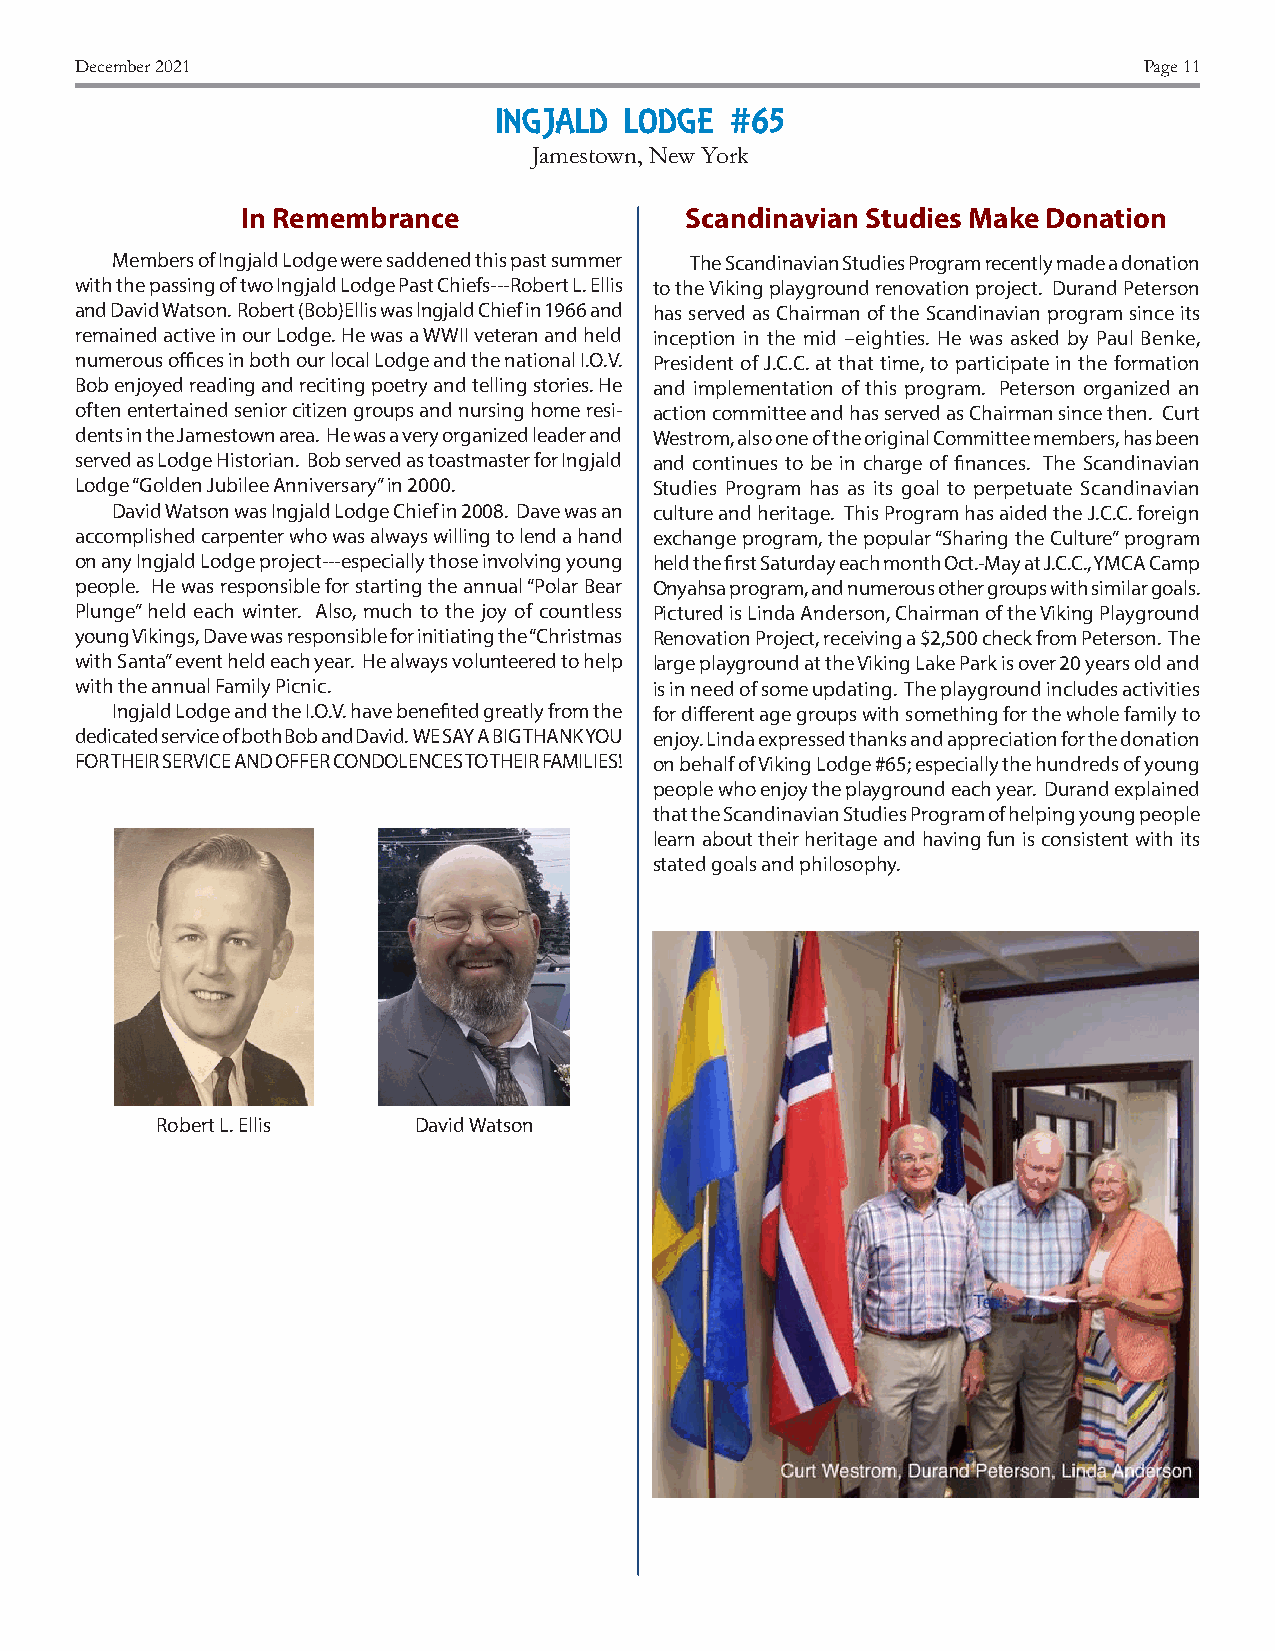
December 2021                                                          Page 11
 INGJALD LODGE  #65
 Jamestown, New York
 In Remembrance               Scandinavian Studies Make Donation
 Members of Ingjald Lodge were saddened this past summer The Scandinavian Studies Program recently made a donation
 with the passing of two Ingjald Lodge Past Chiefs---Robert L. Ellis to the Viking playground renovation project. Durand Peterson
 and David Watson. Robert (Bob)Ellis was lngjald Chief in 1966 and has served as Chairman of the Scandinavian program since its
 remained active in our Lodge. He was a WWII veteran and held inception in the mid –eighties. He was asked by Paul Benke,
 numerous offices in both our local Lodge and the national I.O.V. President of J.C.C. at that time, to participate in the formation
 Bob enjoyed reading and reciting poetry and telling stories. He and implementation of this program. Peterson organized an
 often entertained senior citizen groups and nursing home resi- action committee and has served as Chairman since then. Curt
 dents in the Jamestown area. He was a very organized leader and Westrom, also one of the original Committee members, has been
 served as Lodge Historian. Bob served as toastmaster for Ingjald and continues to be in charge of finances. The Scandinavian
 Lodge “Golden Jubilee Anniversary” in 2000. Studies Program has as its goal to perpetuate Scandinavian
 David Watson was Ingjald Lodge Chief in 2008. Dave was an culture and heritage. This Program has aided the J.C.C. foreign
 accomplished carpenter who was always willing to lend a hand exchange program, the popular “Sharing the Culture” program
 on any Ingjald Lodge project---especially those involving young held the first Saturday each month Oct.-May at J.C.C., YMCA Camp
 people. He was responsible for starting the annual “Polar Bear Onyahsa program, and numerous other groups with similar goals.
 Plunge” held each winter. Also, much to the joy of countless Pictured is Linda Anderson, Chairman of the Viking Playground
 young Vikings, Dave was responsible for initiating the “Christmas Renovation Project, receiving a $2,500 check from Peterson. The
 with Santa” event held each year. He always volunteered to help large playground at the Viking Lake Park is over 20 years old and
 with the annual Family Picnic.        is in need of some updating. The playground includes activities
 Ingjald Lodge and the I.O.V. have benefited greatly from the for different age groups with something for the whole family to
 dedicated service of both Bob and David. WE SAY A BIG THANK YOU enjoy. Linda expressed thanks and appreciation for the donation
 FOR THEIR SERVICE AND OFFER CONDOLENCES TO THEIR FAMILIES! on behalf of Viking Lodge #65; especially the hundreds of young
 people who enjoy the playground each year. Durand explained
 that the Scandinavian Studies Program of helping young people
 learn about their heritage and having fun is consistent with its
 stated goals and philosophy.
 Robert L. Ellis  David Watson